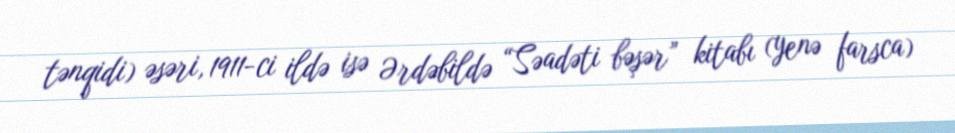
tənqidi) əsəri, 1911-ci ildə isə Ərdəbildə “Səadəti bəşər” kitabı (yenə farsca)